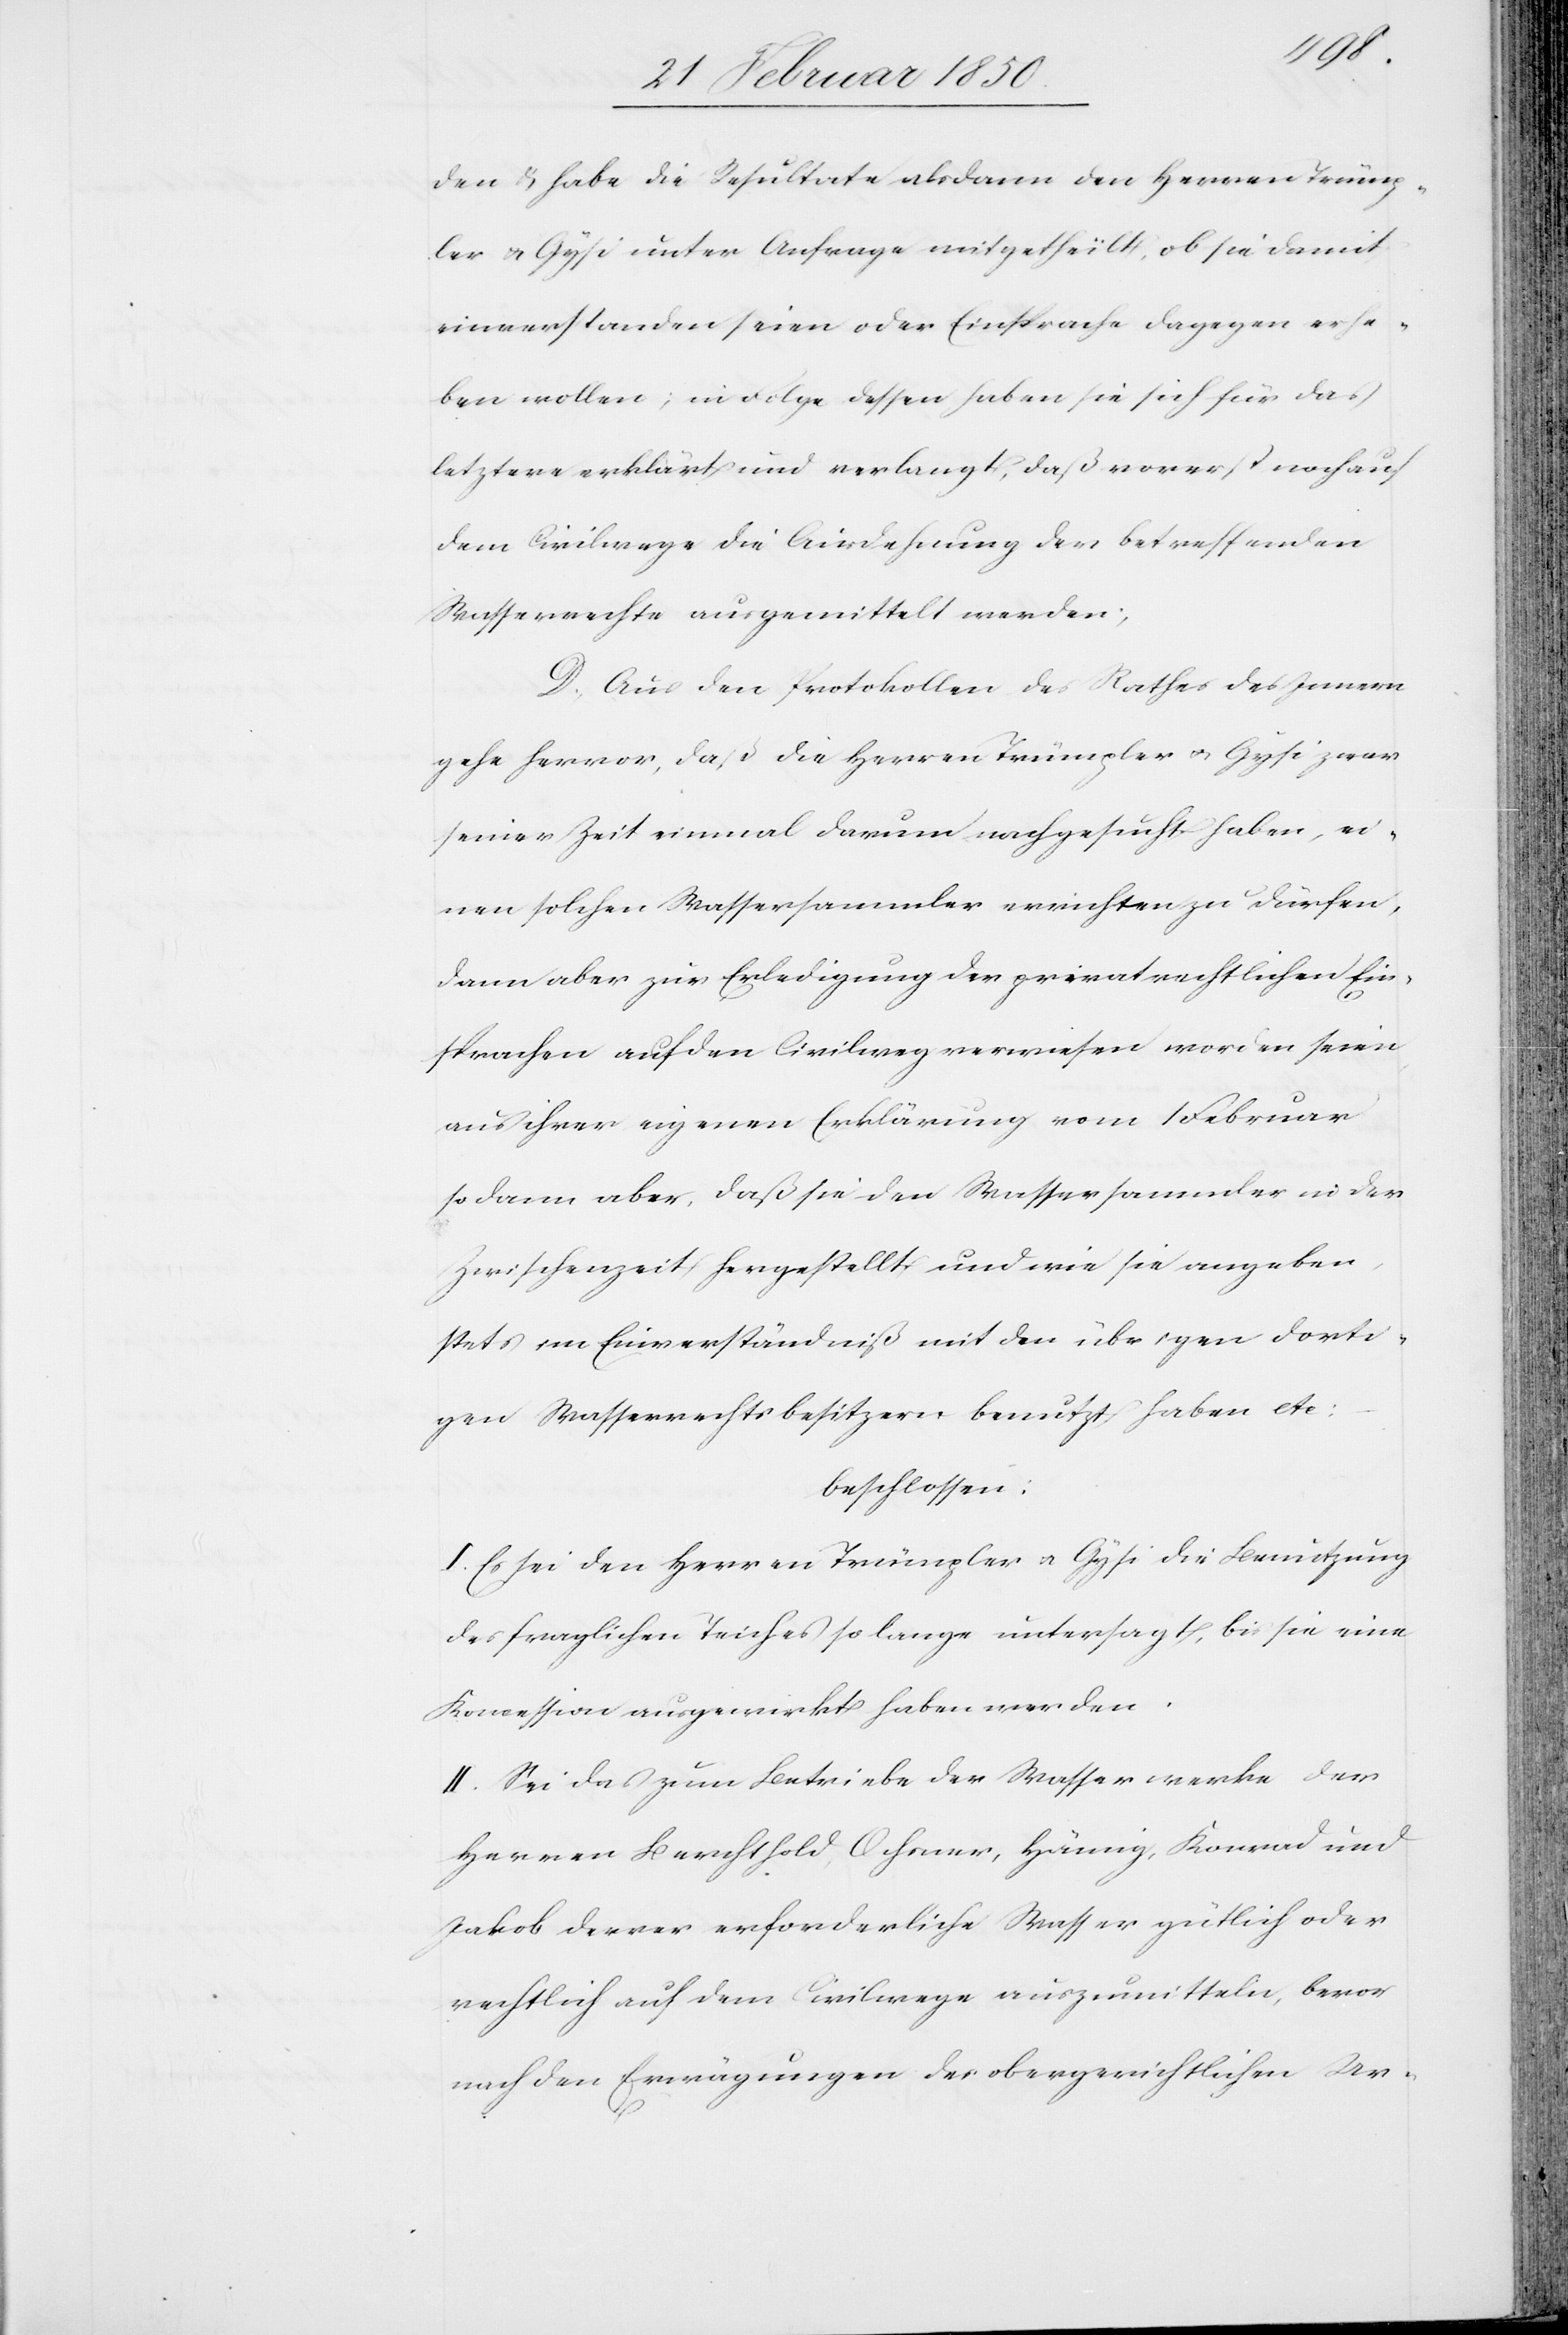
den u. habe die Resultate alsdann den Herren Trümp¬
ler u. Gysi unter Anfrage mitgetheilt, ob sie damit
einverstanden seien oder Einsprache dagegen erhe¬
ben wollen; in Folge dessen haben sie sich für das
letztere erklärt und verlangt, daß vorerst noch auf
dem Civilwege die Ausdehnung der betreffenden
Wasserrechte ausgemittelt werden;
D. Aus den Protokollen des Rathes des Innern
gehe hervor, daß die Herren Trümpler u. Gysi zwar
seiner Zeit einmal darum nachgesucht haben, ei¬
nen solchen Wassersammler errichten zu dürfen,
dann aber zur Erledigung der privatrechtlichen Ein¬
sprachen auf den Civilweg verwiesen worden seien,
aus ihrer eigenen Erklärung vom 1 Februar
sodann aber, daß sie den Wassersammler in der
Zwischenzeit hergestellt und wie sie angeben,
stets im Einverständniß mit den übrigen dorti¬
gen Wasserrechtsbesitzern benutzt haben etc:
beschlossen:
I. Es sei den Herren Trümpler u. Gysi die Benutzung
des fraglichen Teiches so lange untersagt, bis sie eine
Koncession ausgewirkt haben werden.
II. Sei das zum Betriebe der Wasserwerke der
Herren Berchthold, Ochsner, Hämig, Konrad und
Jakob Derrer erforderliche Wasser gütlich oder
rechtlich auf dem Civilwege auszumitteln, bevor
nach den Erwägungen des obergerichtlichen Ur-